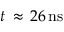
t \, \approx \, 2 6 \, \mathrm { { n s } }